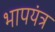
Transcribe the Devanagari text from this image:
भापयंत्र